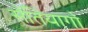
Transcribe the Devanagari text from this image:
सेंतियागो